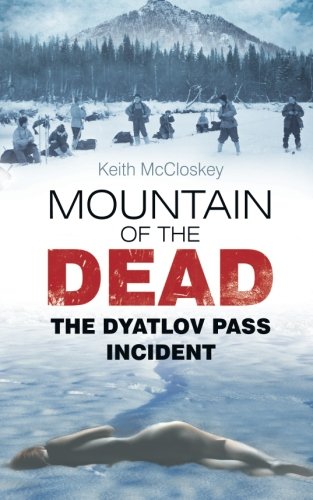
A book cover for Mountain of the Dead: The Dyatlov Pass Incident; Keith McCloskey; Travel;